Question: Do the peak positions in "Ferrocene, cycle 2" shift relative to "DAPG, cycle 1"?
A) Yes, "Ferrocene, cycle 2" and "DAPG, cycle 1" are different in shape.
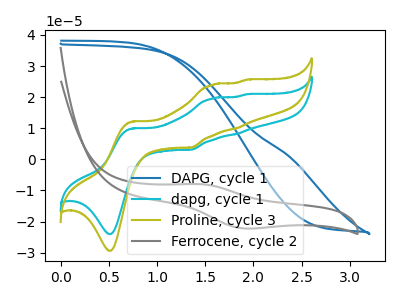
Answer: <think>The blue curve "DAPG, cycle 1" has no peaks. The cyan curve "dapg, cycle 1" has anodic peaks at (0.75V, 9.95uA) (1.60V, 19.60uA) (1.85V, 8.15uA) (1.90V, 20.90uA) and cathodic peaks at (0.50V, -24.00uA) (1.35V, 3.10uA). The olive curve "Proline, cycle 3" has anodic peaks at (0.75V, 12.20uA) (1.60V, 24.00uA) (1.85V, 10.00uA) (1.90V, 25.60uA) and cathodic peaks at (0.50V, -29.40uA) (1.35V, 3.80uA). The gray curve "Ferrocene, cycle 2" has an anodic peak at (1.45V, -7.95uA) and a cathodic peak at (1.90V, -22.20uA).
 "Ferrocene, cycle 2" and "DAPG, cycle 1" have a different number of peaks.</think>
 <answer>A) Yes, "Ferrocene, cycle 2" and "DAPG, cycle 1" are different in shape.</answer>
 <eval>A</eval>